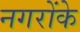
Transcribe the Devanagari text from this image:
नगरोंके